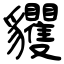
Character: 貜